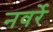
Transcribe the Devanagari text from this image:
नवर्रे